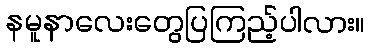
နမူနာလေးတွေပြကြည့်ပါလား။